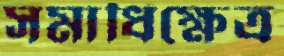
সমাধিক্ষেত্র